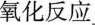
氧化反应___